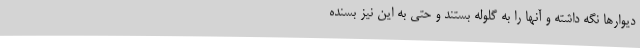
دیوارها نگه داشته و آنها را به گلوله بستند و حتی به این نیز بسنده